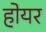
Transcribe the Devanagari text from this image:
होयर